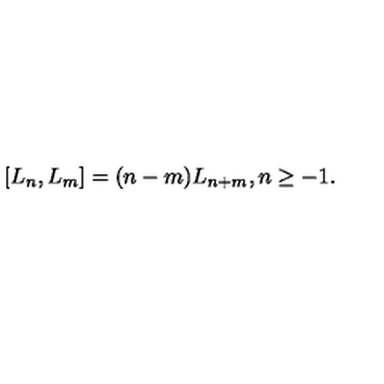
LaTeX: [ L _ { n } , L _ { m } ] = ( n - m ) L _ { n + m } , n \geq - 1 .